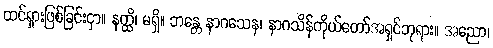
ထင်ရှားဖြစ်ခြင်းငှာ။ နတ္ထိ၊ မရှိ။ ဘန္တေ နာဂသေန၊ နာဂသိန်ကိုယ်တော်အရှင်ဘုရား။ အညော၊